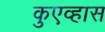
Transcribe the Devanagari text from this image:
कुएव्हास